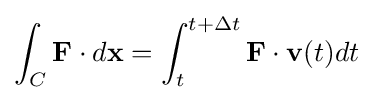
\int _{C}\mathbf {F} \cdot d\mathbf {x} =\int _{t}^{t+\Delta t}\mathbf {F} \cdot \mathbf {v} (t)dt